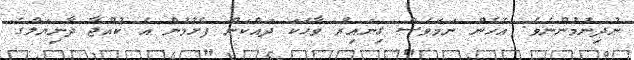
ނުދިނުމުންނެވެ. އެހެން ނަމަވެސް ގިނައިރު ވާހަކަ ދައްކަން ފެށުމުން އެ ކުއްޖާ ދާނިޔަލްގެ